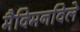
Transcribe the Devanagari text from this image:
मैक्मिनविले